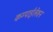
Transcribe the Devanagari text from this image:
कम्पाईलेशन